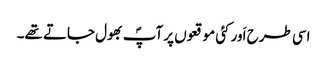
اسی طرح اَور کئی موقعوں پر آپؐ بھول جاتے تھے۔